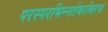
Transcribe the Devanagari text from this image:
परस्‍परभिन्‍नतेबरोबरच